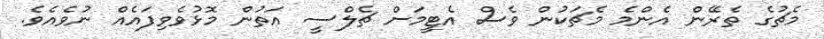
މެޗުގެ ތެރޭން އެންމެ މެޗަކުން ވެސް އެޓީމަށް ޗެލްސީ އަތުން މޮޅުވެވިފައެއް ނުވެއެވެ.